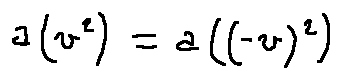
a ( v ^ { 2 } ) = a ( ( - v ) ^ { 2 } )